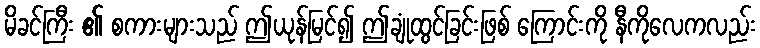
မိခင်ကြီး ၏ စကားများသည် ဤယုန်မြင်၍ ဤချုံထွင်ခြင်းဖြစ် ကြောင်းကို နီကိုလေကလည်း